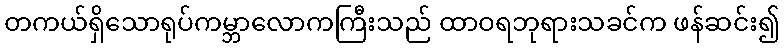
တကယ်ရှိသောရုပ်ကမ္ဘာလောကကြီးသည် ထာဝရဘုရားသခင်က ဖန်ဆင်း၍